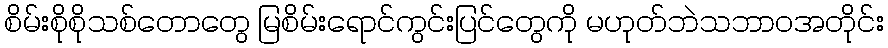
စိမ်းစိုစိုသစ်တောတွေ မြစိမ်းရောင်ကွင်းပြင်တွေကို မဟုတ်ဘဲသဘာဝအတိုင်း